Leprosy in India: report of the Leprosy Commission in India, 1890-91
Year: 1890
Disease focus: Leprosy
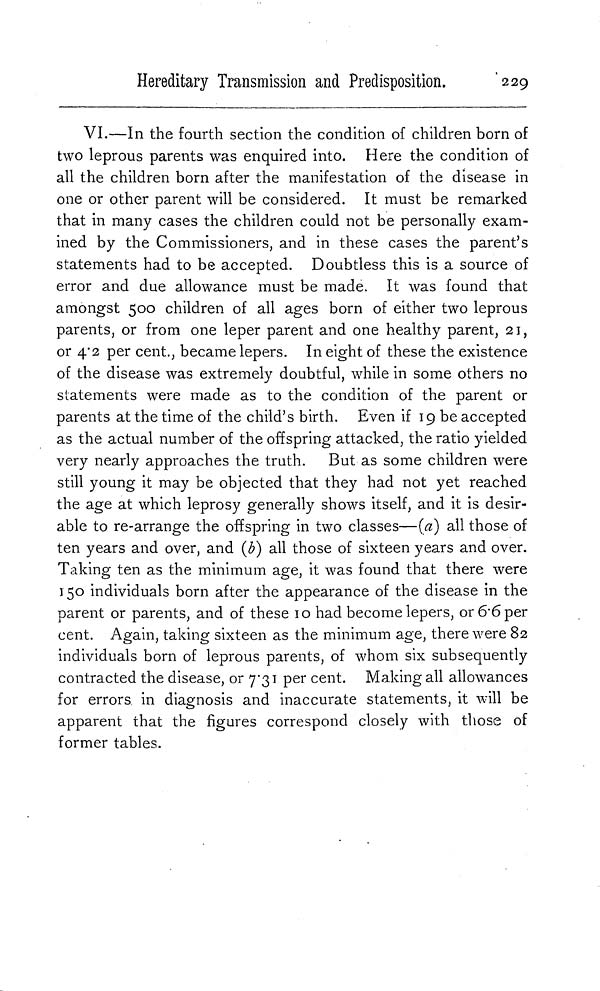
Hereditary Transmission and Predisposition.
229
VI.—In the fourth section the condition of children born of
two leprous parents was enquired into. Here the condition of
all the children born after the manifestation of the disease in
one or other parent will be considered. It must be remarked
that in many cases the children could not be personally exam-
ined by the Commissioners, and in these cases the parent's
statements had to be accepted. Doubtless this is a source of
error and due allowance must be made. It was found that
amongst 500 children of all ages born of either two leprous
parents, or from one leper parent and one healthy parent, 21,
or 4.2 per cent., became lepers. In eight of these the existence
of the disease was extremely doubtful, while in some others no
statements were made as to the condition of the parent or
parents at the time of the child's birth. Even if 19 be accepted
as the actual number of the offspring attacked, the ratio yielded
very nearly approaches the truth. But as some children were
still young it may be objected that they had not yet reached
the age at which leprosy generally shows itself, and it is desir-
able to re-arrange the offspring in two classes—(a) all those of
ten years and over, and (b) all those of sixteen years and over.
Taking ten as the minimum age, it was found that there were
150 individuals born after the appearance of the disease in the
parent or parents, and of these 10 had become lepers, or 6.6 per
cent. Again, taking sixteen as the minimum age, there were 82
individuals born of leprous parents, of whom six subsequently
contracted the disease, or 7.31 per cent. Making all allowances
for errors, in diagnosis and inaccurate statements, it will be
apparent that the figures correspond closely with those of
former tables.